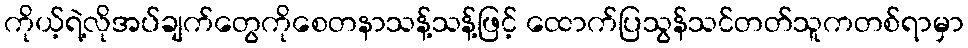
ကိုယ့်ရဲ့လိုအပ်ချက်တွေကိုစေတနာသန့်သန့်ဖြင့် ထောက်ပြသွန်သင်တတ်သူကတစ်ရာမှာ